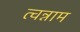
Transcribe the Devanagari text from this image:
त्वन्नाम